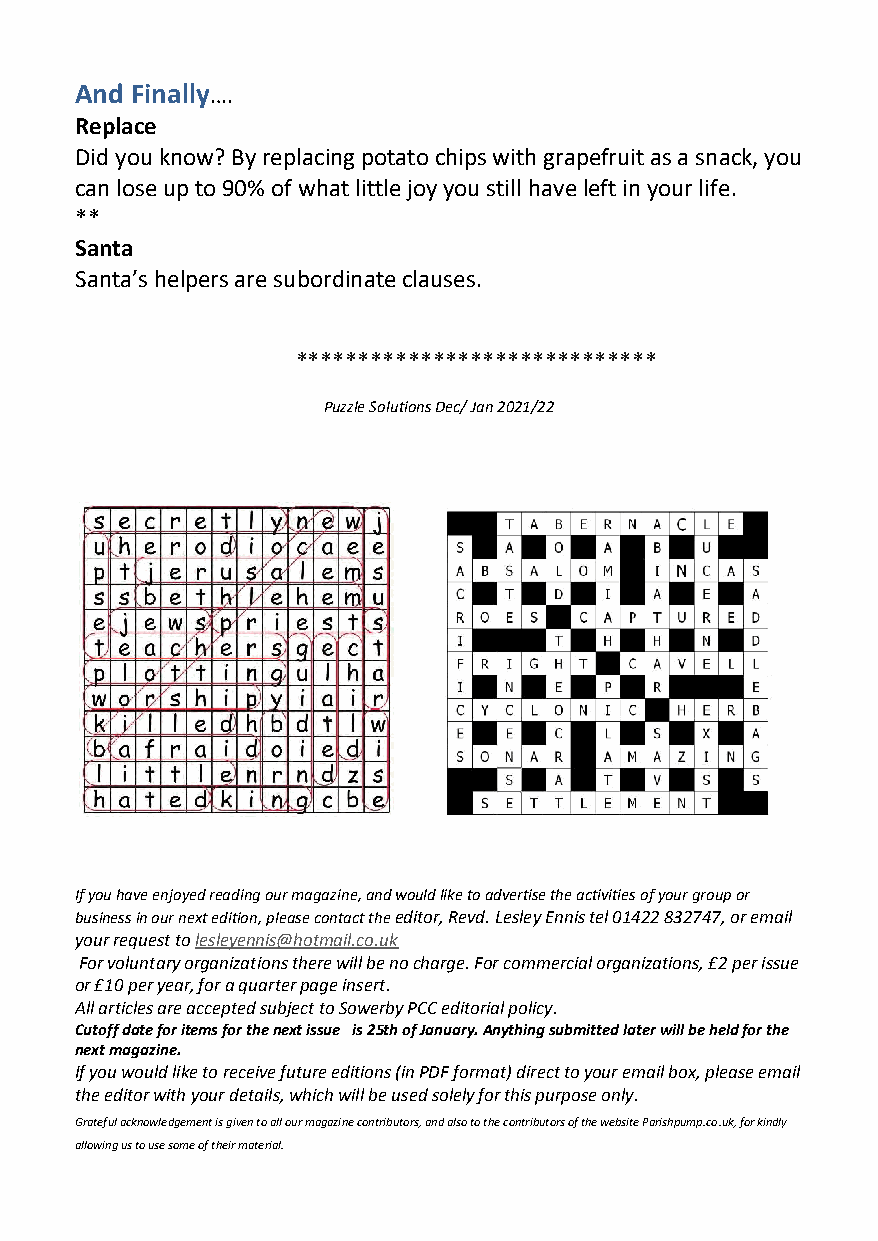
And Finally….
 Replace
 Did you know? By replacing potato chips with grapefruit as a snack, you
 can lose up to 90% of what little joy you still have left in your life.
 **
 Santa
 Santa’s helpers are subordinate clauses.
 *****************************
 Puzzle Solutions Dec/ Jan 2021/22
 If you have enjoyed reading our magazine, and would like to advertise the activities of your group or
 business in our next edition, please contact the editor, Revd. Lesley Ennis tel 01422 832747, or email
 your request to lesleyennis@hotmail.co.uk
 For voluntary organizations there will be no charge. For commercial organizations, £2 per issue
 or £10 per year, for a quarter page insert.
 All articles are accepted subject to Sowerby PCC editorial policy.
 Cutoff date for items for the next issue is 25th of January. Anything submitted later will be held for the
 next magazine.
 If you would like to receive future editions (in PDF format) direct to your email box, please email
 the editor with your details, which will be used solely for this purpose only.
 Grateful acknowledgement is given to all our magazine contributors, and also to the contributors of the website Parishpump.co.uk, for kindly
 allowing us to use some of their material.